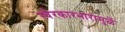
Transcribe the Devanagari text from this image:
स्वैरकारभारामुळें